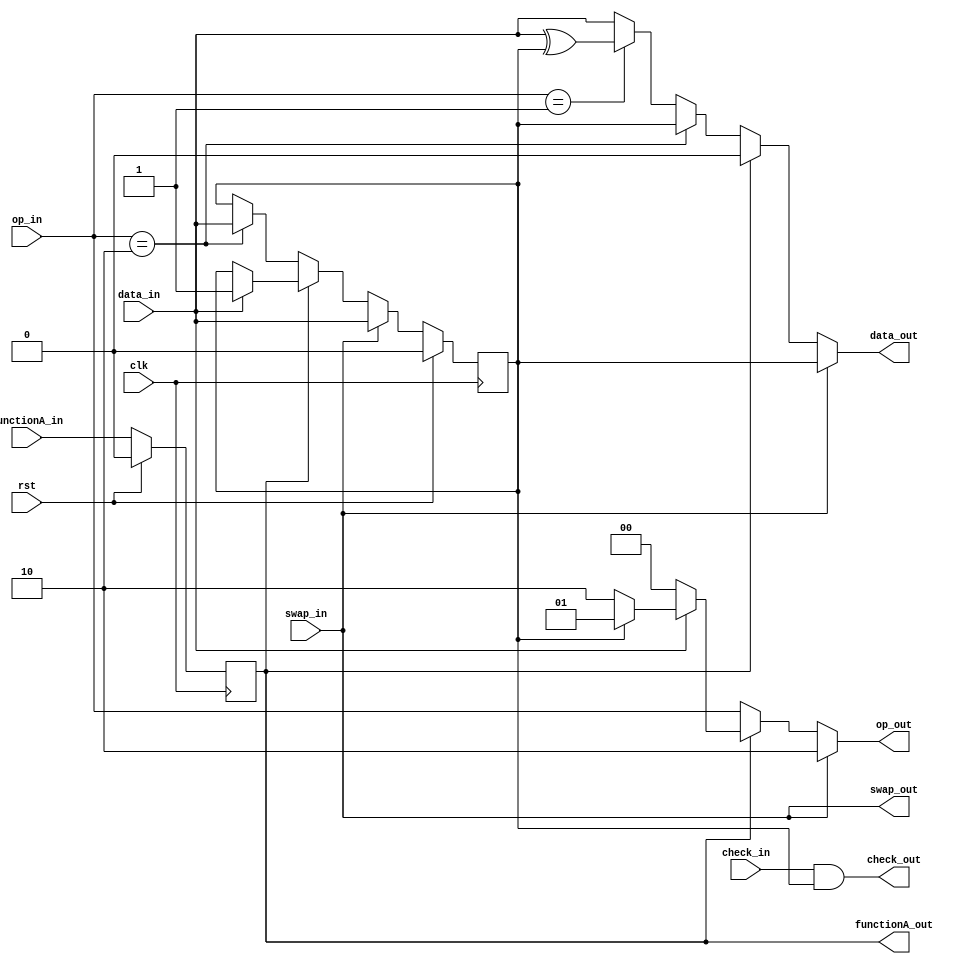
/*
 * This file is a sub module, processor_AB.
 * 
 * Copyright (C) 2016
 *          Ruben Niederhagen <ruben@polycephaly.org>
 *
 * This program is free software; you can redistribute it and/or modify
 * it under the terms of the GNU General Public License as published by
 * the Free Software Foundation; either version 3 of the License, or
 * (at your option) any later version.
 *
 * This program is distributed in the hope that it will be useful,
 * but WITHOUT ANY WARRANTY; without even the implied warranty of
 * MERCHANTABILITY or FITNESS FOR A PARTICULAR PURPOSE.  See the
 * GNU General Public License for more details.
 *
 * You should have received a copy of the GNU General Public License
 * along with this program; if not, write to the Free Software Foundation,
 * Inc., 51 Franklin Street, Fifth Floor, Boston, MA 02110-1301  USA
 *
*/

`define OP_PASS 2'b00
`define OP_ADD  2'b01
`define OP_SWAP 2'b10

module processor_AB
(
  input  wire       clk,
  input  wire       rst,
  input  wire       functionA_in,
  output wire       functionA_out,
  input  wire       data_in,
  output wire       data_out,
  input  wire       swap_in,
  output wire       swap_out,
  input  wire [1:0] op_in,
  output wire [1:0] op_out,
  input  wire       check_in,
  output wire       check_out
);


  wire r_next;
  reg r_reg = 0;

  reg functionA_reg = 0;

  always @(posedge clk) begin
    if(rst) begin
      r_reg <= 0;
      functionA_reg <= 0;
    end
    else begin
      r_reg <= r_next;
      functionA_reg <= functionA_in;
    end
  end

  assign check_out = check_in & r_reg;

  assign swap_out = swap_in;

  assign functionA_out = functionA_reg;

  assign data_out = swap_in           ? r_reg :
                    functionA_reg     ? 1'b0 :
                    op_in == `OP_SWAP ? r_reg : 
                    op_in == `OP_ADD  ? (data_in ^ r_reg) : 
                    data_in;

  assign r_next = swap_in           ? data_in :
                  functionA_reg     ? (data_in==0 ? r_reg : 1'b1) :
                  op_in == `OP_SWAP ? data_in :
                  r_reg;

  assign op_out =  swap_in        ? `OP_SWAP :
                   !functionA_reg ? op_in : 
                   data_in==0     ? `OP_PASS : 
                   r_reg==0       ? `OP_SWAP :
                   `OP_ADD;

endmodule